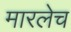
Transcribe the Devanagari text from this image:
मारलेच